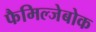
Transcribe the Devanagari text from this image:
फैमिल्जेबोक